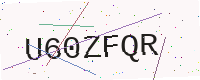
Text: U60ZFQR